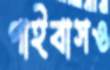
পাইবাসও